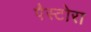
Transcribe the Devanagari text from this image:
पैस्टोरा